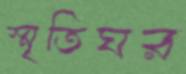
স্মৃতিঘর